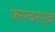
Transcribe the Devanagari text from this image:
फेररचनेमुळे